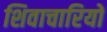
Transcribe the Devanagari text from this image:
शिवाचारियों